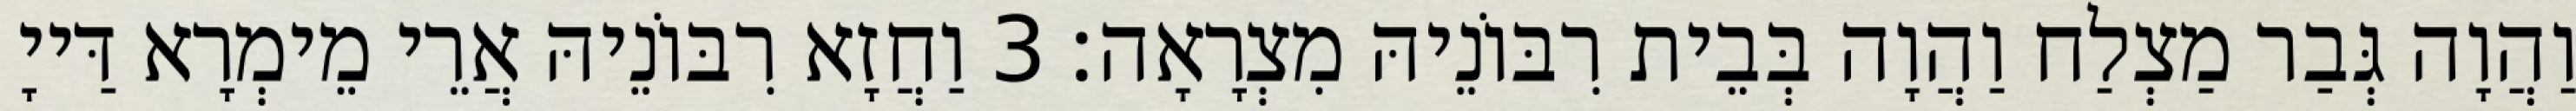
וַהֲוָה גְּבַר מַצְלַח וַהֲוָה בְּבֵית רִבּוֹנֵיהּ מִצְרָאָה׃ 3 וַחֲזָא רִבּוֹנֵיהּ אֲרֵי מֵימְרָא דַּייָ